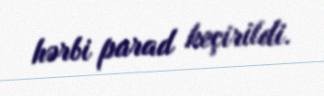
hərbi parad keçirildi.